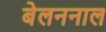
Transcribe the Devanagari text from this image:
बेलननाल